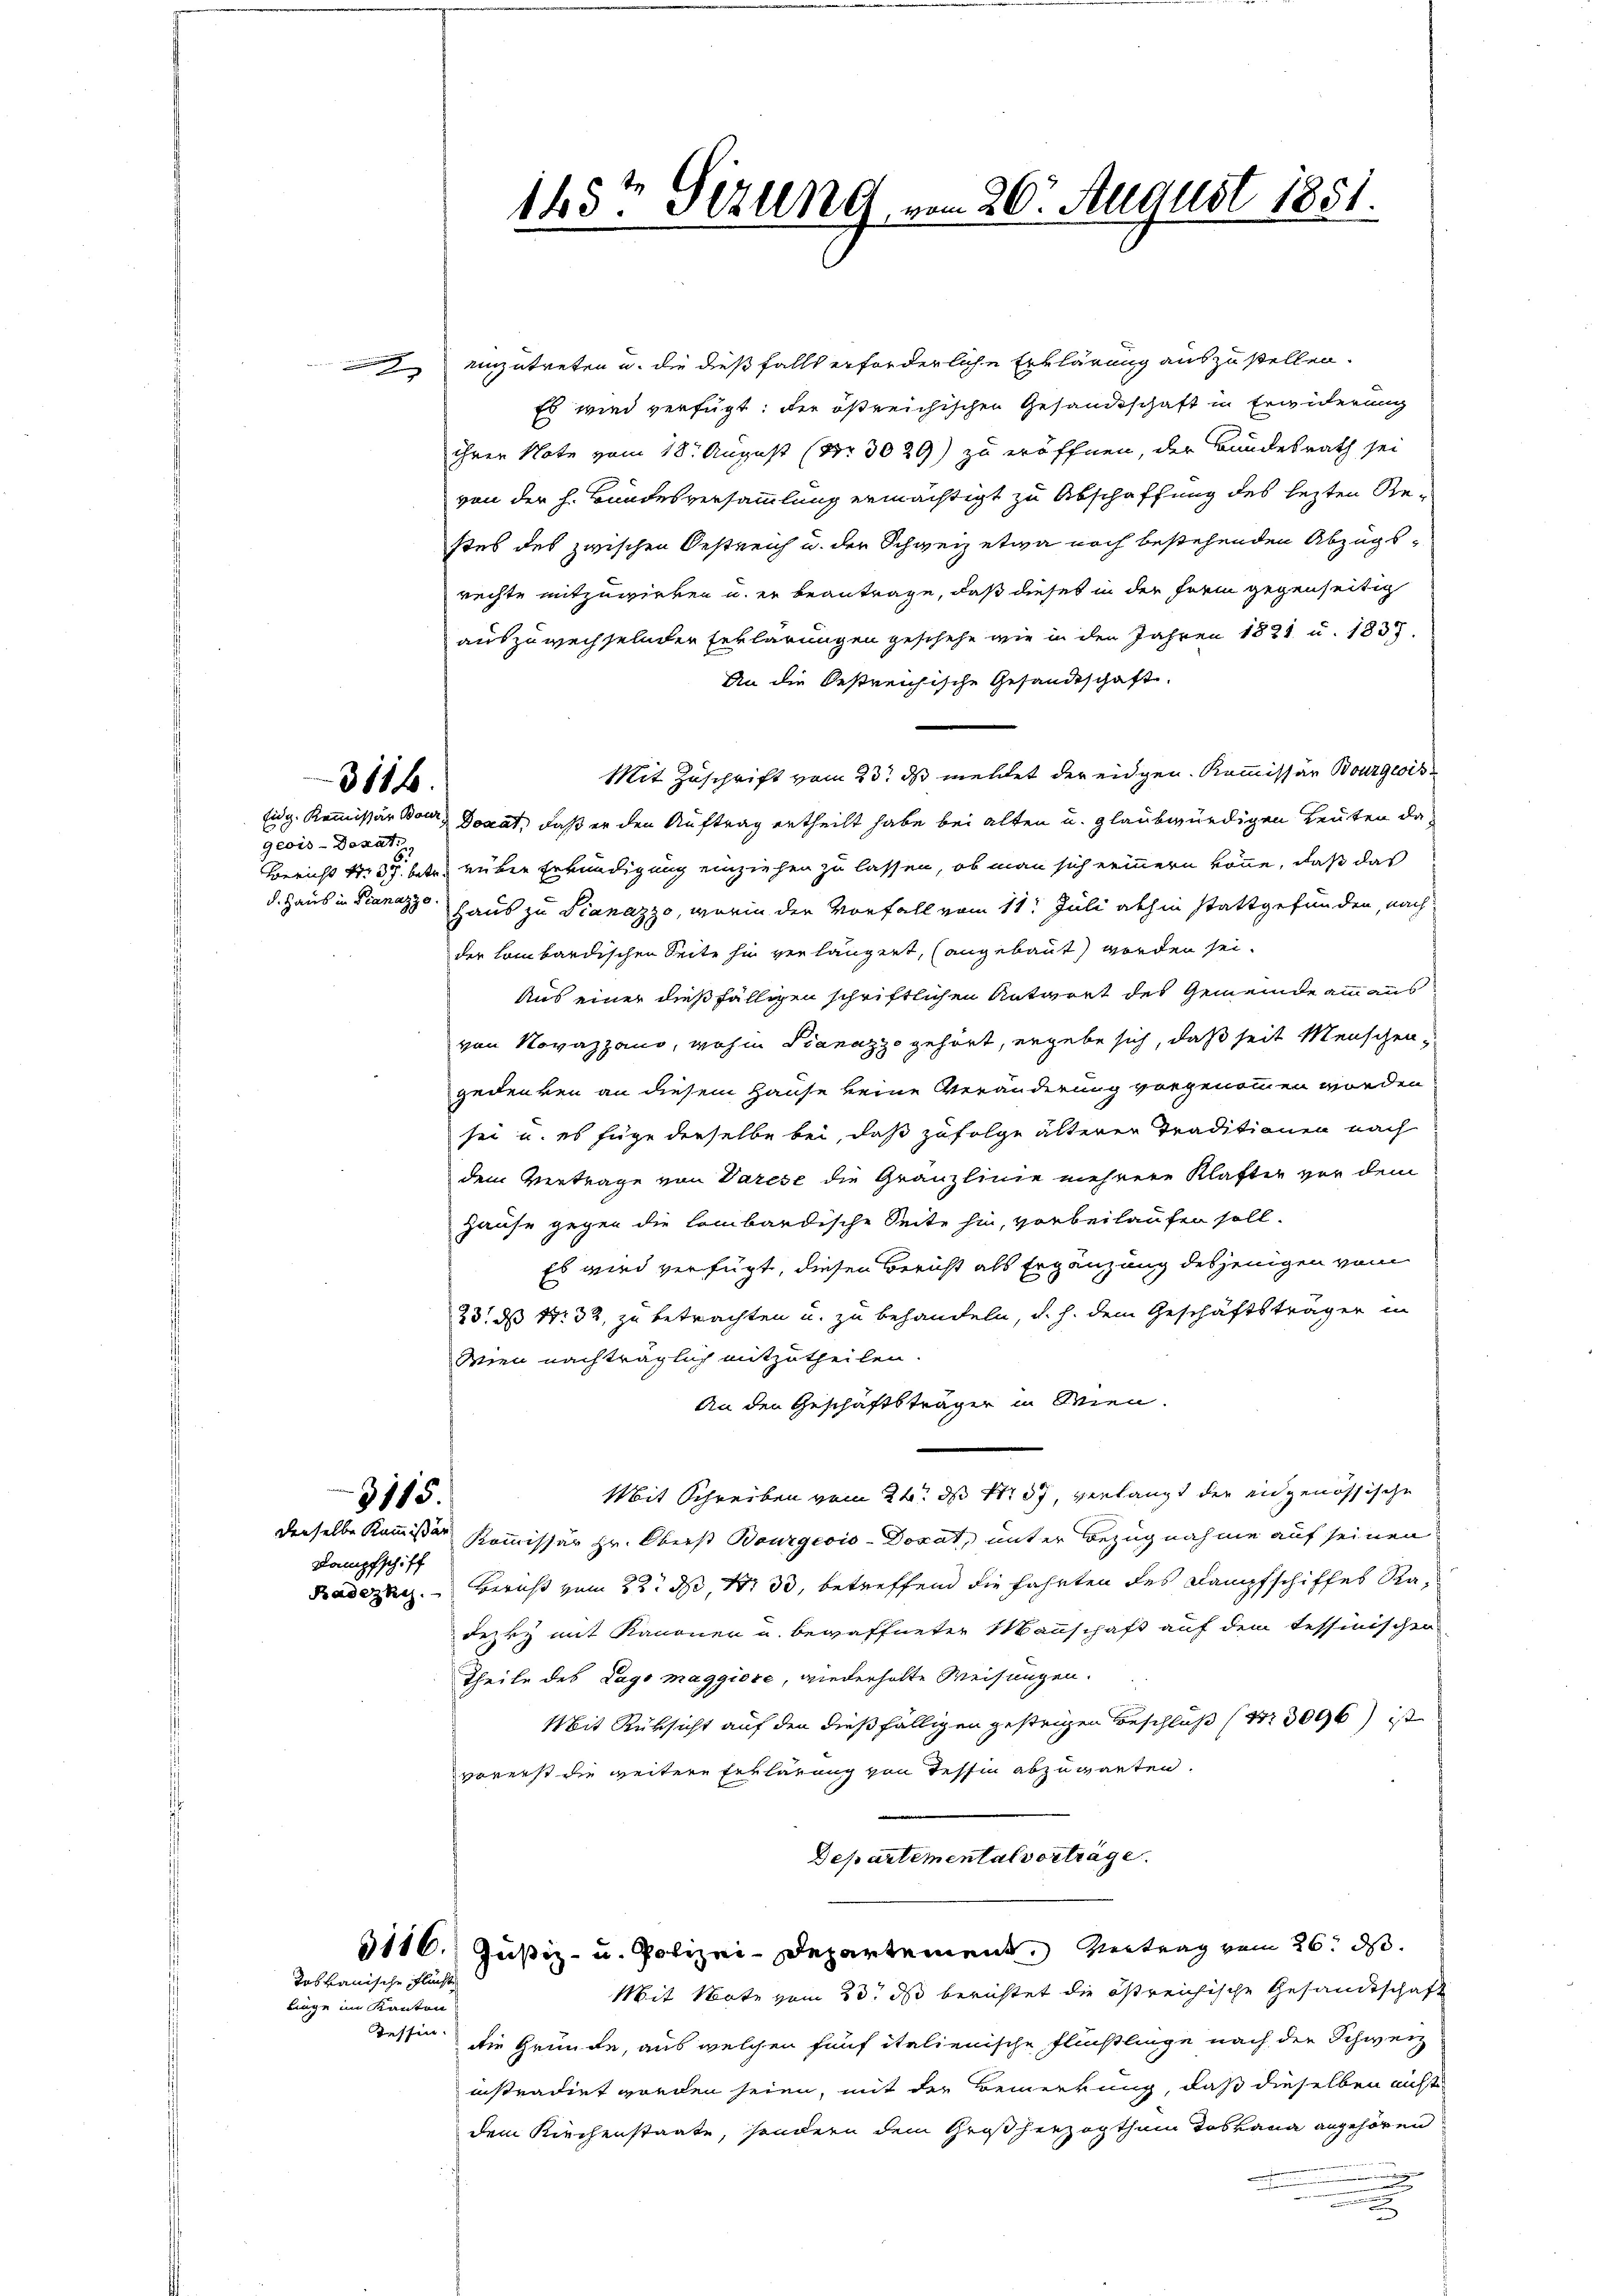
3116.

geois-Doxat.

Kampfschiff

linge im Kanton
Tessin.

enzutreten u. die dießfalls erforderliche Erklärung auszustellen.
Es wird verfügt: der östreichischen Gesandtschaft in Erwiderung
ihren Note vom 18. August (Nr. 3029) zu eröffnen, der Bundesrath sei
von der h. Bundesversammlung ermächtigt zu Abschaffung des lezten Restes des zwischen Oestreich u. der Schweiz etwa noch bestehenden Abzugsrechte mitzuwirken u. er beantrage, daß dieses in der Frei gegenseitig
auszuwechselnden Erklärungen geschehe wie in den Jahren 1821 u. 1837.
An die Oestreichische Gesandtschaft.
Mit Zuschrift vom 23t ds mellet der eidgen. Kommissar Bourgwis¬
Eig. Kommissär Band Donat, daß er den Auftrag ertheilt habe bei alten u. glaubwürdigen Leuten da¬
Bericht Nr. 35 betr. rüber Erkundigung einziehen zu lassen, ob man sich erinnern könne, daß das
d. Haus in Dianazze Haus zu Pianazzo, worin der Vorfall vom 11. Juli abhin stattgefunden, nach
der Lombardischen Seite hin verlängert, (angebaut worden sei.
Aus einer dießfälligen schriftlichen Antwort des Gemeinde am aus
von Novazzano, wohin Sanazzo gehört, ergebe sich, daß seit Menschen,
gedenken an diesem Hause keine Veränderung vorgenommen worden
sei u. es füge derselbe bei, daß zufolge älteren Traditionen nach
dem Vertrage von Varese die Gränzlinie mehrere Klafter vor dem
Hause gegen die lombardische Seite hin, vorbeilaufen soll.
Es wird verfügt, diesen Bericht als Ergänzung desjenigen vom
23. ds N: 32, zu betrachten u. zu behandeln, d. h. dem Geschäftsträger in
Wien nachträglich mitzutheilen.
An den Geschäftsträger in Wien.
Mit Schreiben vom 24. ds 1107, verlangt der eidgenössische
derselbe kommissor Kommissär Hr. Oberst Bourgeois-Doxat, unter Bezugnahme auf seinen
Faden. Bernst zum 22. d. 1. 33, betreffend die Fahrten des Dampfschiffes Radezky mit Kanonen u. bewaffneter Mannschaft auf dem Tessinischen
Theile des Lago maggiore, wiederholte Weisungen.
Mit Rüksicht auf den dießfälligen gestrigen Beschluß (13096) ist
vorerst die weitere Erklärung von Tessin abzuwarten.
Departemental vorträge.
3116. Justiz- u. Polizei-Departement. Vertrag vom 26. ds.
Mit Note vom 23. ds berichtet die östreichische Gesandtschaft
die Gründe, aus welchen fünf italienische Flüchtlinge nach der Schweiz
instradirt worden seien, mit der Bemerkung, daß dieselben nicht
dem Kirchenstaate, sondern dem Großherzogthum Toskana angehören

3115.

Tobkanische Flüchte

145t Sizung vom 26. August 1851.

.